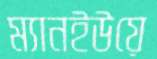
ম্যানইউয়ে